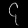
Digit: ၄